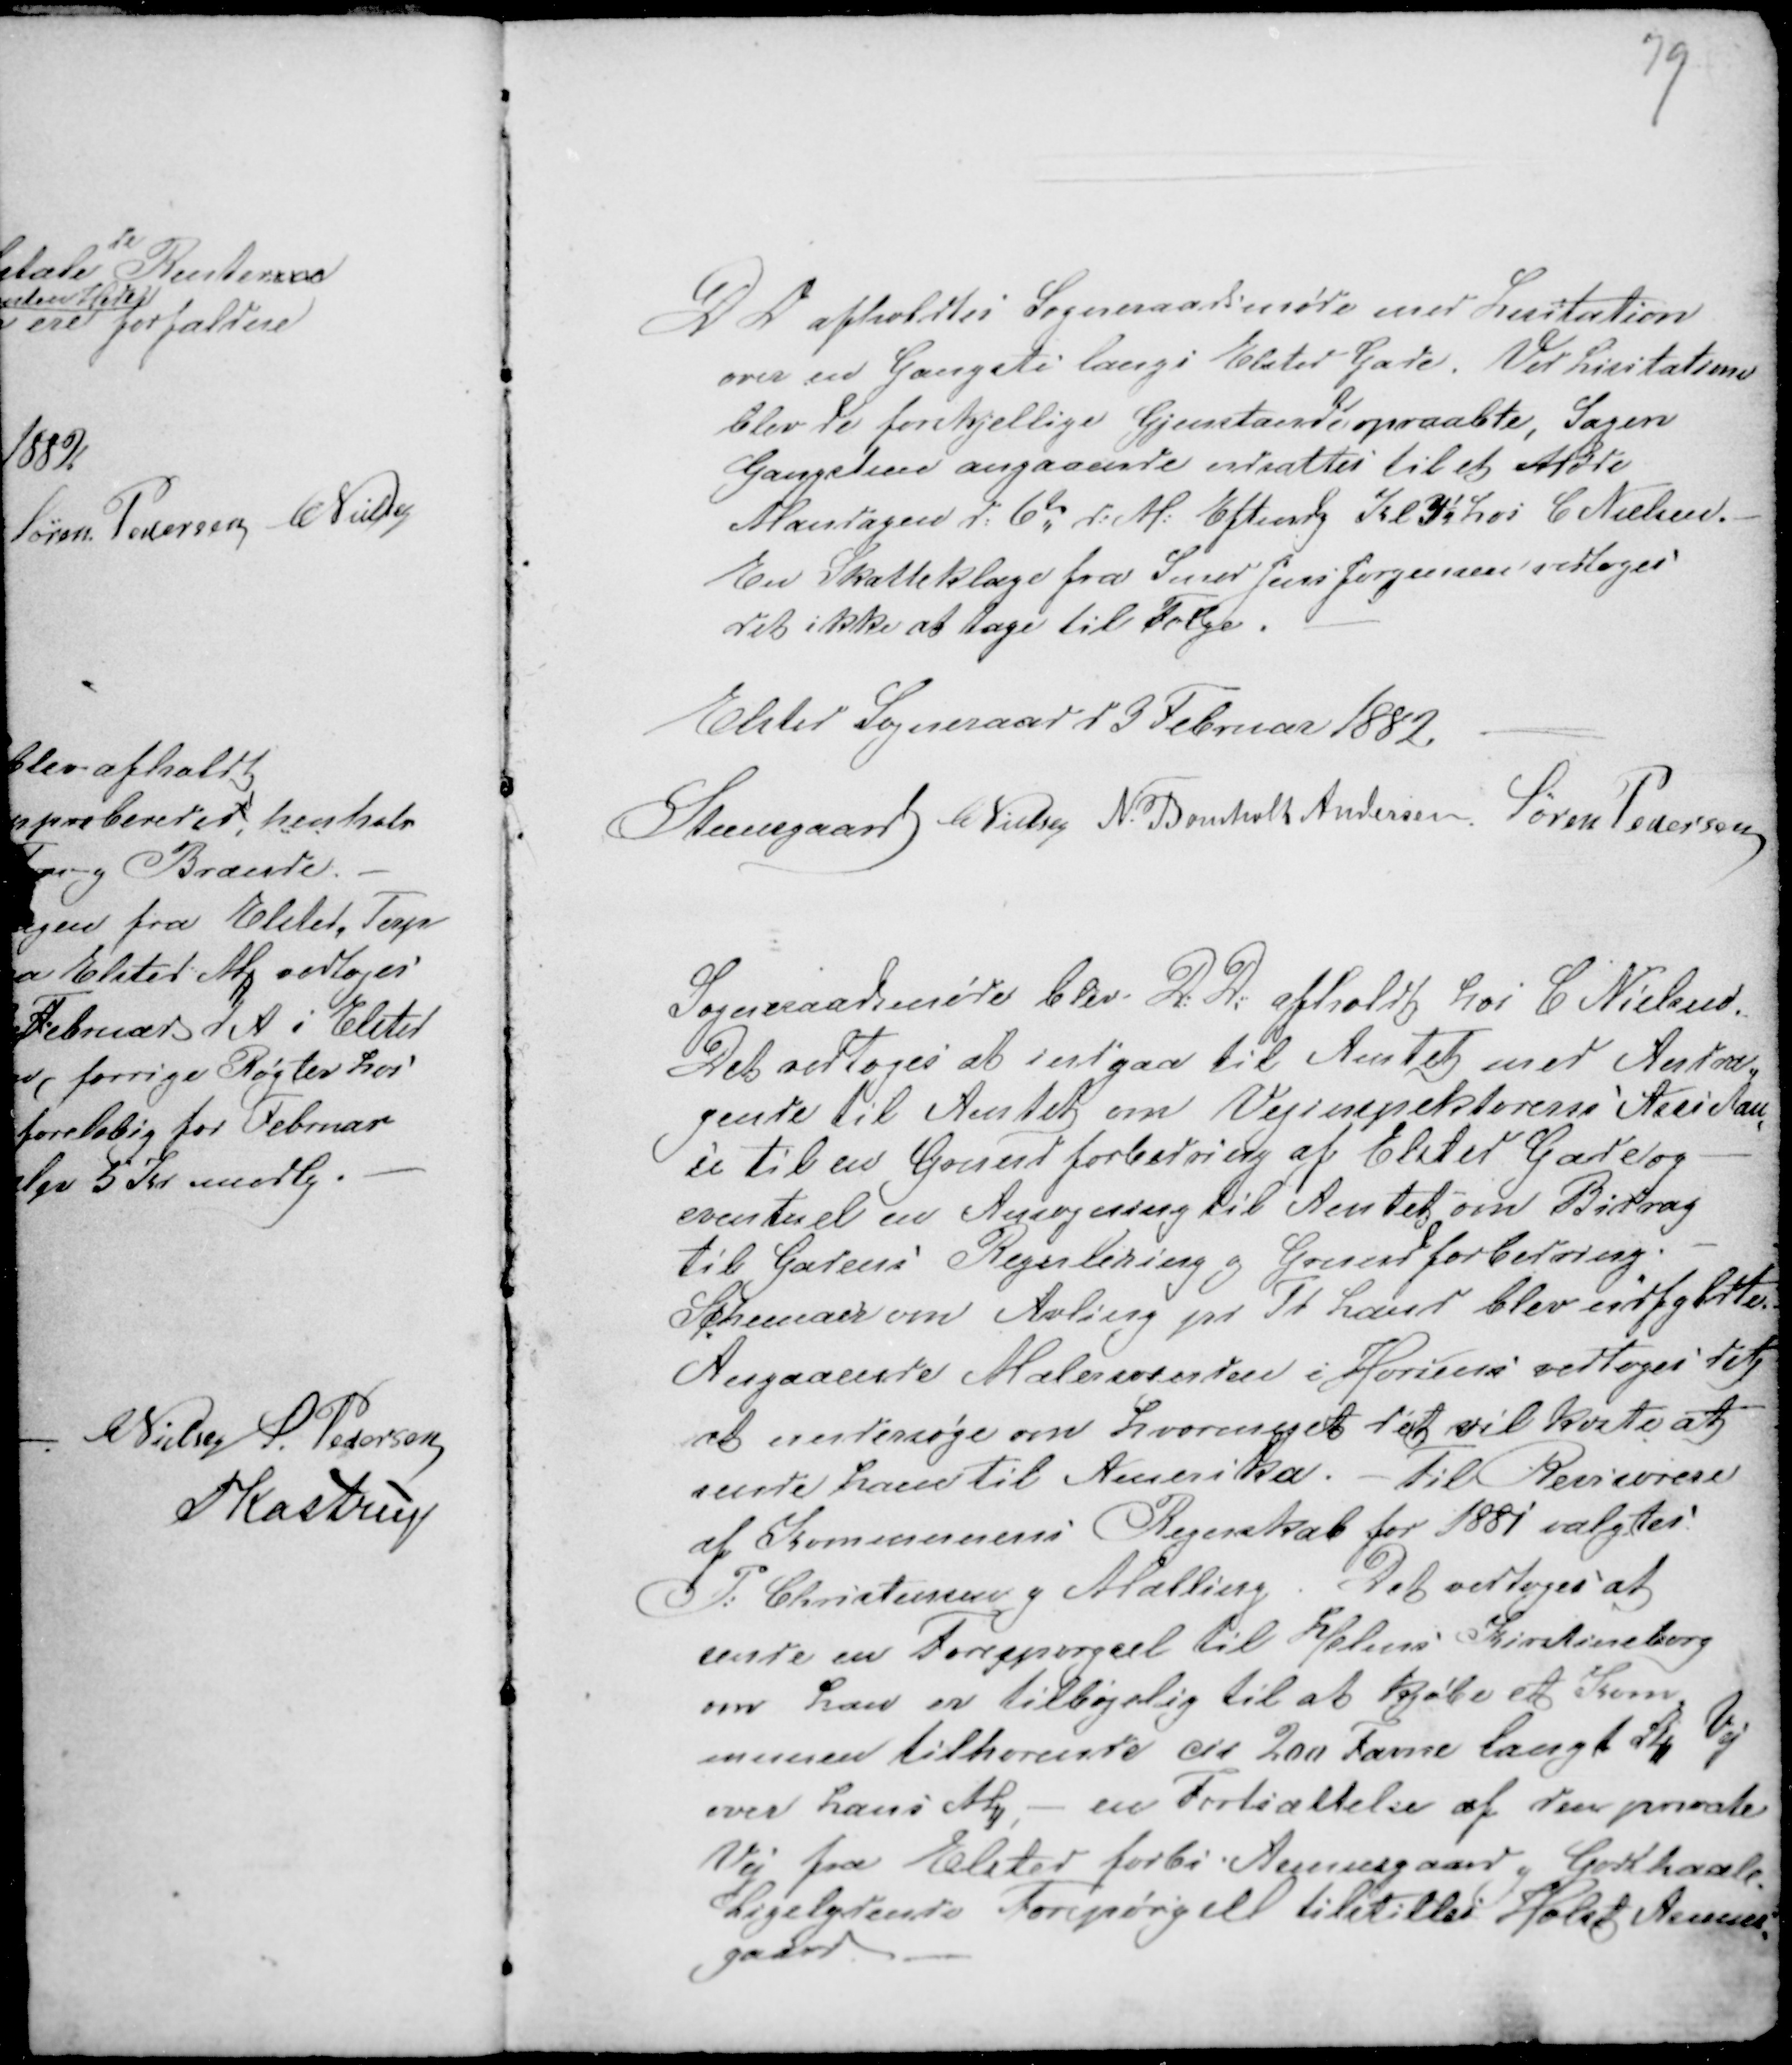
Transskription:
D D afholdtes Sogneraadsmøde med Lisitation
over en Gangsti langs Elsted Gade. Ved Lisitatione
blev de forskjellige Gjenstande opraabte, Sagen
Gangstien angaaende udsattes til et Møde
Mandagen d: 6te d: M: Efterdg Kl 3¼ hos C Nielsen. -
En Skatteklage fra Smed Jens Jørgensen vedtoges
det ikke at tage til Følge. -

Elsted Sogneraad d 3 Februar 1882. -
Steensgaard C Nielsen N. Bomholt Andersen Søren Pedersen

Sogneraadsmøde blev D: D: afholdt hos C Nielsen.
Det vedtoges at indgaa til Amtet med Andra-
gende til Amtet om Vejinspektørens Assistan-
ce til en Grundforbedring af Elsted Gade og -
eventuel en Ansøgning til Amtet om Bidrag
til Gadens Regulering og Grundforbedring. -
Schemaer om Avling pr Td Land blev udfyldte.
Angaaende Malersvenden i Horsens vedtoges det
at undersøge hvormeget det vil koste at
sende ham til Amerika. - Til Revisorere
af Kommunens Regnskab for 1881 valgtes
P: Christensen g Malling. Det vedtoges at
sende en Forespørgsel til Helms Kirstineborg
om han er tilbøjelig til at Kjøbe et Kom-
munen tilhørende cir 200 Favne langt St Vej
over hans M, - en Fortsættelse af den private
Vej fra Elsted forbi Asmusgaard g Godthaab.
Ligelydende Forespørgsel tilstilles Holst Asmus-
gaard -